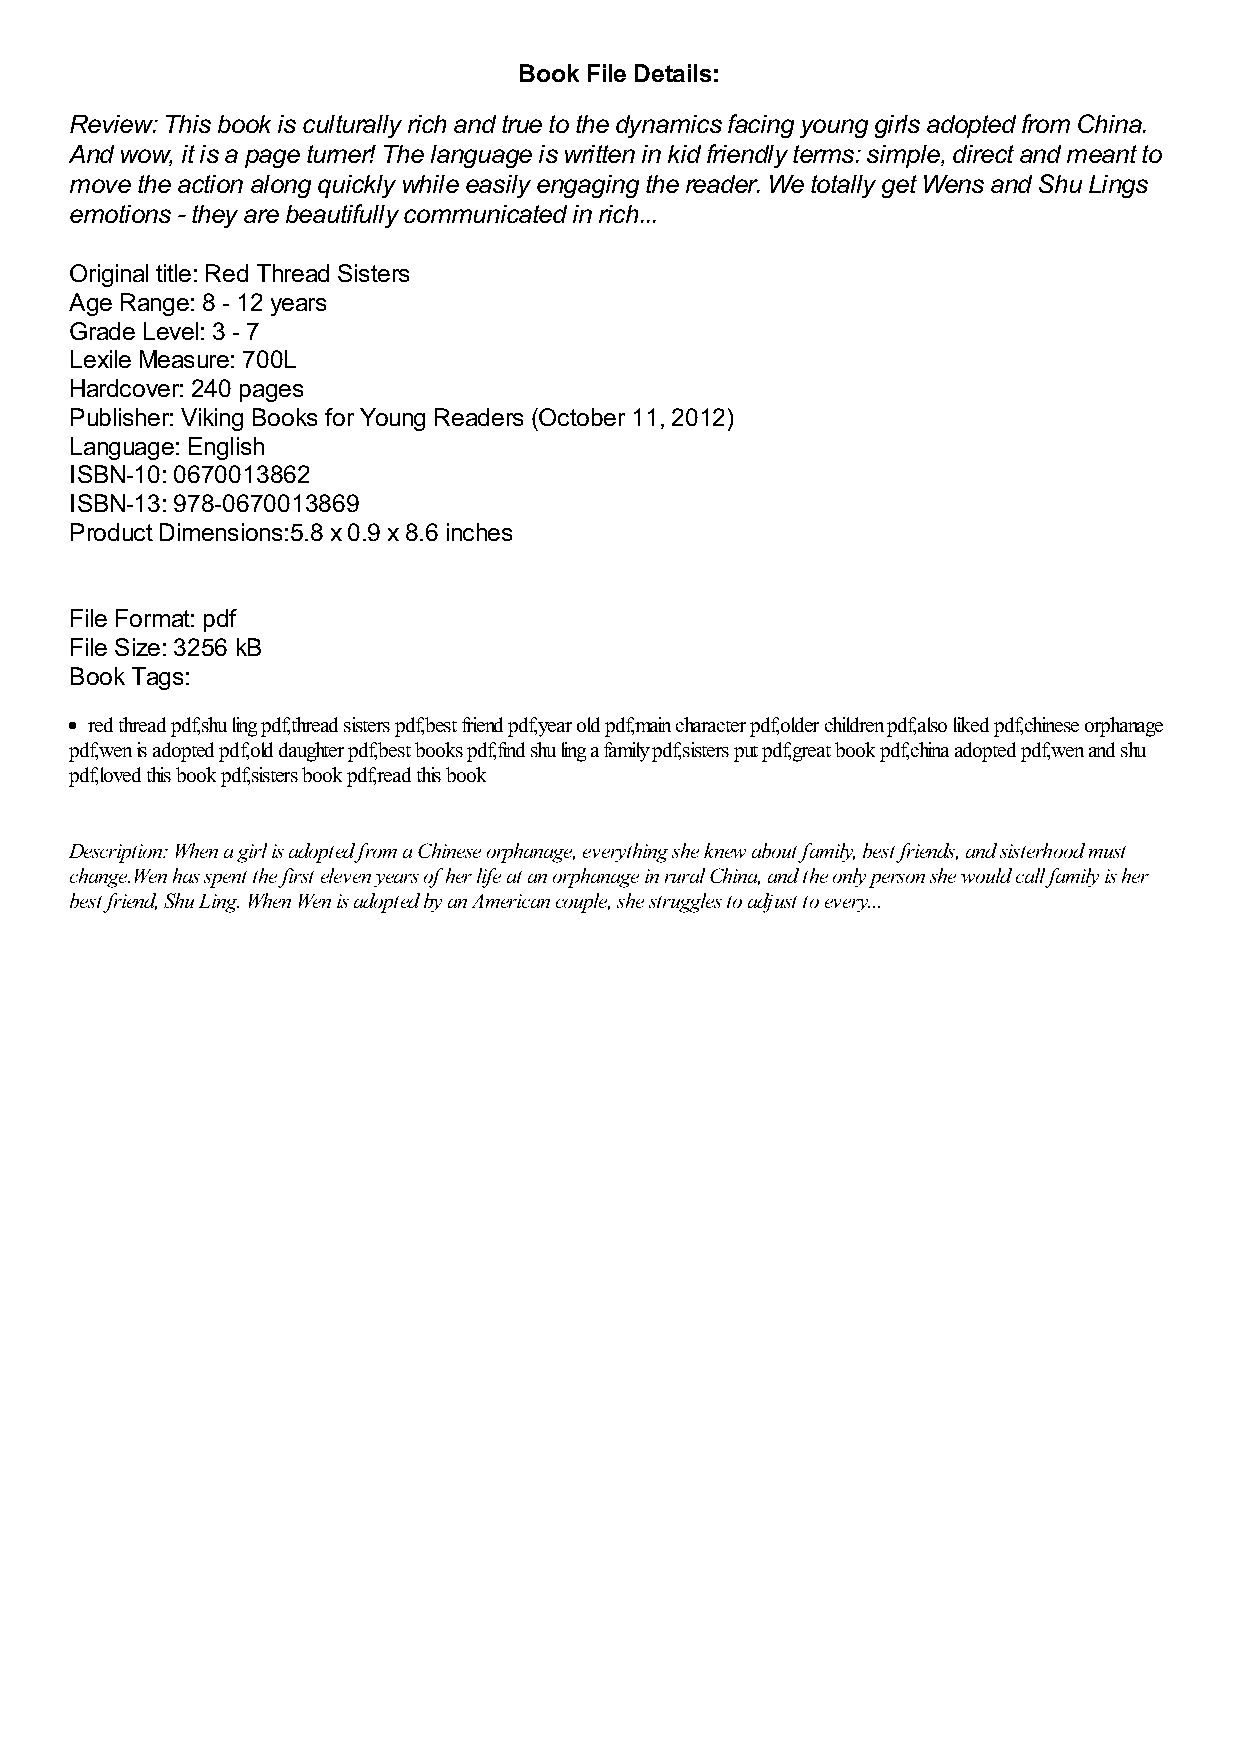
Book File Details:
 Review: This book is culturally rich and true to the dynamics facing young girls adopted from China.
 And wow, it is a page turner! The language is written in kid friendly terms: simple, direct and meant to
 move the action along quickly while easily engaging the reader. We totally get Wens and Shu Lings
 emotions - they are beautifully communicated in rich...
 Original title: Red Thread Sisters
 Age Range: 8 - 12 years
 Grade Level: 3 - 7
 Lexile Measure: 700L
 Hardcover: 240 pages
 Publisher: Viking Books for Young Readers (October 11, 2012)
 Language: English
 ISBN-10: 0670013862
 ISBN-13: 978-0670013869
 Product Dimensions:5.8 x 0.9 x 8.6 inches
 File Format: pdf
 File Size: 3256 kB
 Book Tags:
 red thread pdf,shu ling pdf,thread sisters pdf,best friend pdf,year old pdf,main character pdf,older children pdf,also liked pdf,chinese orphanage
 pdf,wen is adopted pdf,old daughter pdf,best books pdf,find shu ling a family pdf,sisters put pdf,great book pdf,china adopted pdf,wen and shu
 pdf,loved this book pdf,sisters book pdf,read this book
 Description: When a girl is adopted from a Chinese orphanage, everything she knew about family, best friends, and sisterhood must
 change.Wen has spent the first eleven years of her life at an orphanage in rural China, and the only person she would call family is her
 best friend, Shu Ling. When Wen is adopted by an American couple, she struggles to adjust to every...